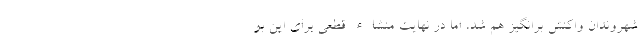
شهروندان واکنش برانگیز هم شد، اما در نهایت منشاء قطعی برای این بو